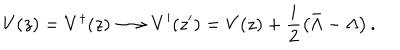
V ( z ) = V ^ { \dagger } ( z ) \longrightarrow V ^ { \prime } ( z ^ { \prime } ) = V ( z ) + \frac { i } { 2 } \left( \bar { \Lambda } - \Lambda \right) .